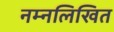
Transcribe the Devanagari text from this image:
नम्नलिखित